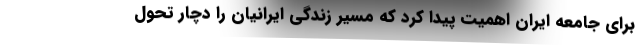
برای جامعه ایران اهمیت پیدا کرد که مسیر زندگی ایرانیان را دچار تحول